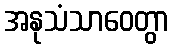
အနုသံသာဝေတွာ